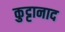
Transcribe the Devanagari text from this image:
कुट्टानाद